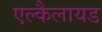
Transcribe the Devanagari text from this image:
एल्कैलायड